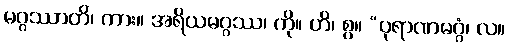
မဂ္ဂဿာတိ၊ ကား။ အရိယမဂ္ဂဿ၊ ကို။ ဟိ၊ စွ။ “ပုရာဏမဂ္ဂံ၊ လ။